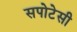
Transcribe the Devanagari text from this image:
सपोटेसी